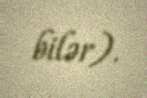
bilər).